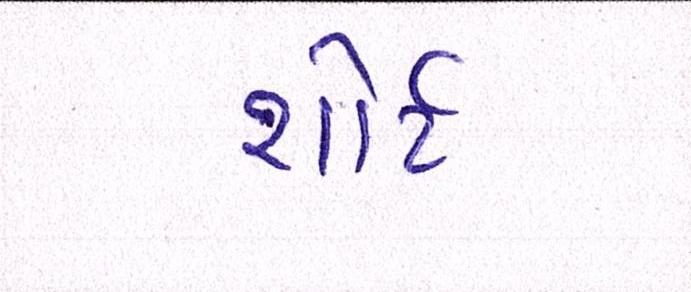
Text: શોર્ટ